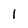
Character: I